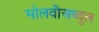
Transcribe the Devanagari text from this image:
मोलवीअब्दुल